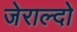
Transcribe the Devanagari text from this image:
जेराल्दो